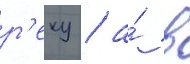
р'еку / а́ в